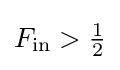
{\textstyle F_{\text{in}}>{\frac {1}{2}}}